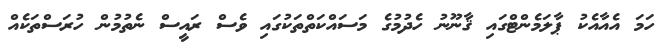
ހަމަ އެއާއެކު ޕާލަމެންޓްގައި ޤާނޫނު ހެދުމުގެ މަސައްކަތްތަކުގައި ވެސް ރައީސް ނެތުމުން ހުރަސްތަކެއް